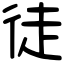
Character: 徒